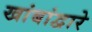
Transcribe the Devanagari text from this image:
खांबांद्वारे